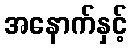
အနောက်နှင့်